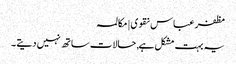
مظفر عباس نقوی | مکالمہ
یہ بہت مشکل ہے, حالات ساتھ نہیں دیتے ۔